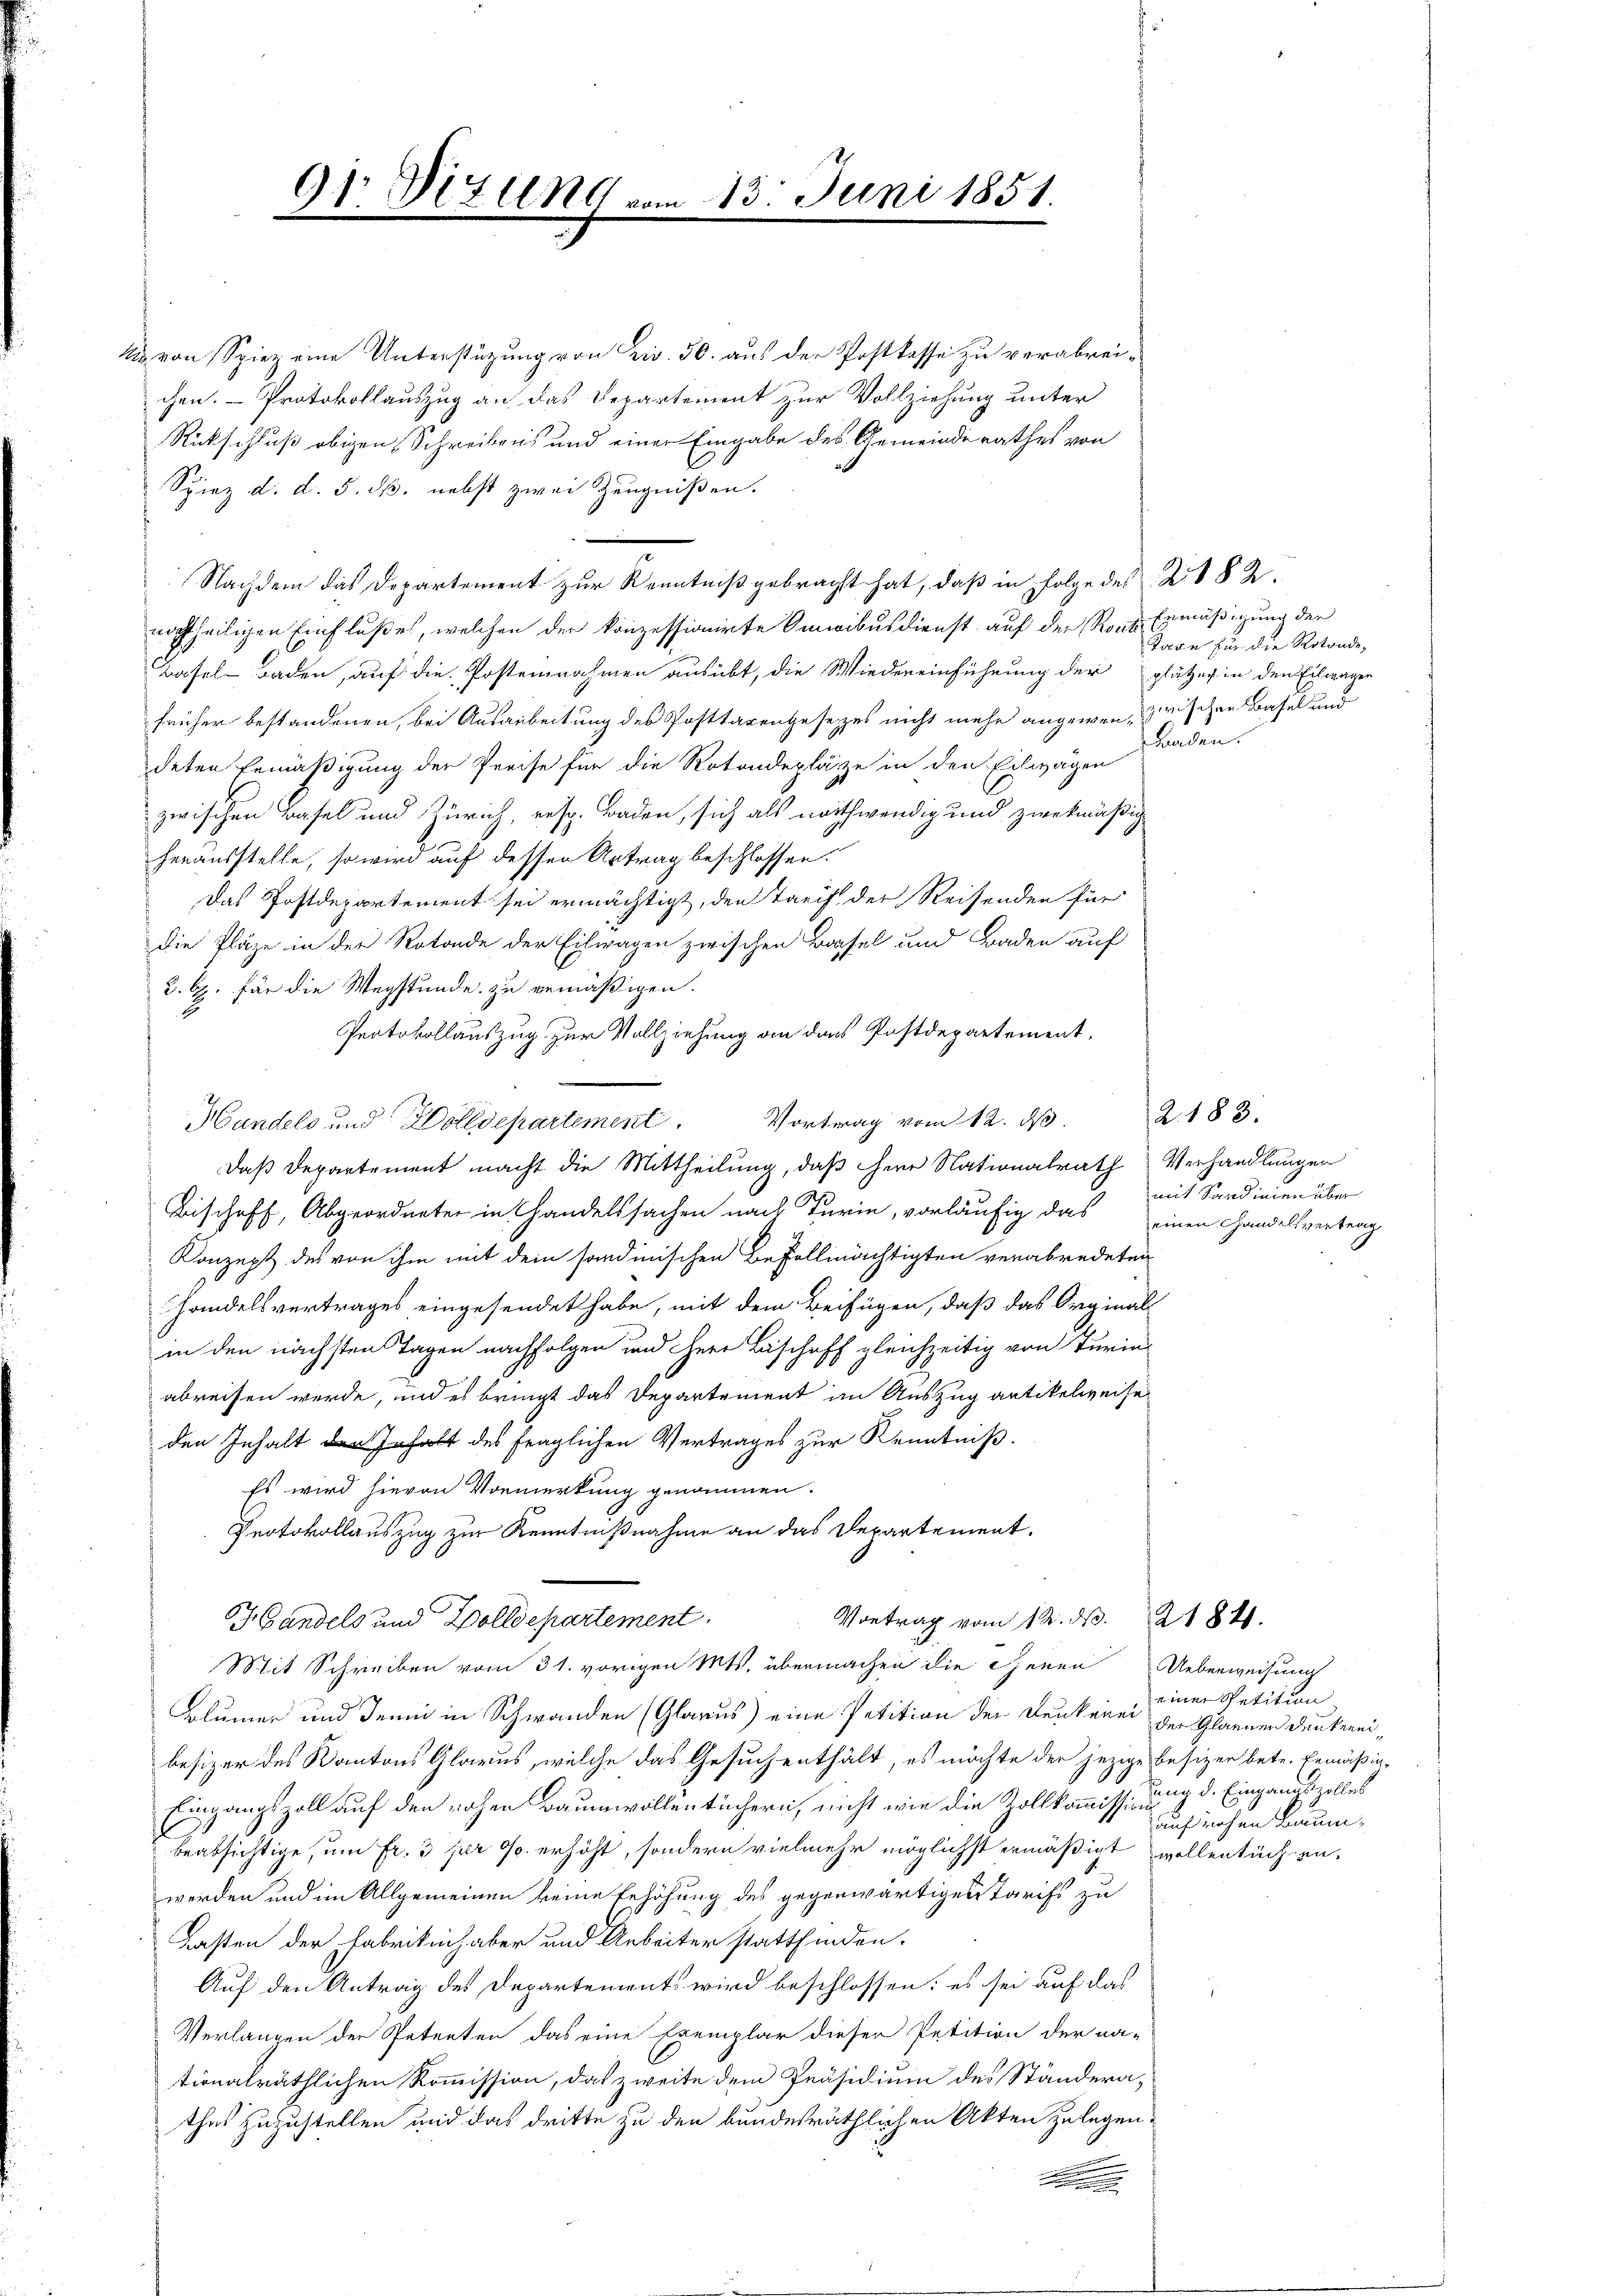
91 Ditung von

& von Spiez eine Unterstüzung von Ziv. 30. aus der Postkasse zu verabreichen. - Protokollauszug an das Departement zur Vollziehung unter
Rückschluß obigen Schreibens und einer Eingabe des Gemeinderathes von
Spiez d. d. 5. dß. nebst zwei Zeugnißen.
Nachdem das Departement zur Kenntniß gebracht hat, daß in Folge des R. § 2
nachtheiligen Einflußes, welchen der konzessionirte Omnibusdienst auf der Roche Ermäßigung der
Basel- Baden, auf die Postennahmen ausübt, die Wiedereinführung der plätzer in den Eilwagen
früher bestandenen, bei Ausarbeitung des Posttagengesetzes nicht mehr angewenzwischen Basel und
deten Ermäßigung der Preise für die Rotondeplätze in den Eilwagen
zwischen Basel und Zürich, resp. Baden, sich als nothwendig und zwekmäßig
herausstelle, so wird auf dessen Antrag beschlossen.
Das Postdepartement sei ermächtigt, den Tarif der Reisenden für
die Pläze in der Rotonde der Eilwagen zwischen Basel und Baden auf
2. b. für die Wegstunde zu gemäßigen.
Protokollauszug zur Vollziehung an das Postdepartement,
Bischeff, Abgeordneter in Handelssachen nach Turin, vorläufig das einen Handelsvertrag
Konzept des von ihm mit dem sondinischen Befollmächtigten verabredeten
Handelsvertrages eingesendet habe, mit dem Beifügen, daß das Orginal-
in den nächsten Tagen nachfolgen und Herr Beschaff gleichzeitig von Turin
abreisen werde, und es bringt das Departement im Auszug antikelweise
den Inhalt der Inhalt des fraglichen Vertrages zur Kenntniß.
Es wird hievon Vormerkung genommen.
Protokollauszug zur Kenntnißnahme an das Departement.
Vortrag vom 12. ds. 21841.
Handels und Zolldepartement.
Mit Schreiben vom 31. vorigen Mts. übermachen die Chenen Ueberweisung
Blümer und Jenni in Schwanden (Glarus) eine Petition der Denkenei der Glarnen dunkereibesizer des Kantons Glarus, welche das Gesuch enthält, es möchte der jezige Besizer betr. Ermäßig¬
Eingangszoll auf den rohen Baumwollentüchern, nicht wie die Zollkommission d. Eingangszolles
beabsichtige, um Fr. 3 pr 00. erhöht, sondern vielmehr möglichst ermäßigt wollentüchen-
werden und im Allgemeinen keine Erhöhung des gegenwärtiges Tarifs zu
Lasten der Fabrikinhaber und Arbeiter stattfinden.
Auf den Antrag des Departements wird beschlossen: es sei auf das
Verlangen der Petenten das eine Exemplar dieser Petition der na-
tionalräthlichen Kommission, das zweite dem Präsidium des Ständerathes zuzustellen und das dritte zu den bundesräthlichen Akten zulegen.
.

Handels und Zolldepartement. Vortrag vom 12. ds.
Daß Departement macht die Mittheilung, daß Herr Nationalrath Verhandlungen

13. Juni 1851.

Taxe für die Rotande,
Braden.

2183.
mit Sandinien über

einer Petition
aufrechen Baum¬